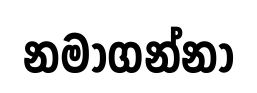
නමාගන්නා